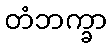
တံဘက္ခာ